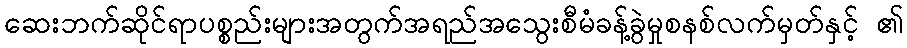
ဆေးဘက်ဆိုင်ရာပစ္စည်းများအတွက်အရည်အသွေးစီမံခန့်ခွဲမှုစနစ်လက်မှတ်နှင့် ၏